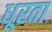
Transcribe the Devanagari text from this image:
धूरता